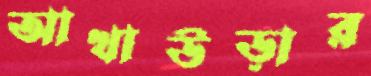
আখাউড়ার